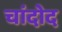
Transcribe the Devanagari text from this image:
चांदोद